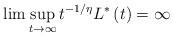
LaTeX: \begin{align*}\lim \sup_{t\rightarrow \infty }t^{-1/\eta }L^{\ast }\left( t\right) =\infty \end{align*}